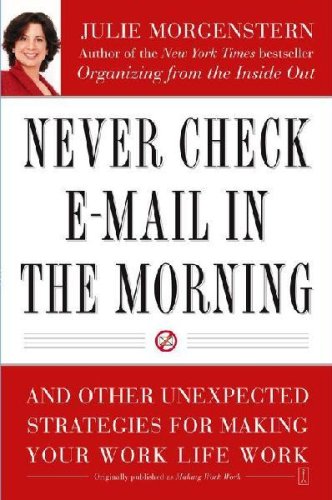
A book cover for Never Check E-mail in the Morning; Julie Morgenstern; Computers & Technology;